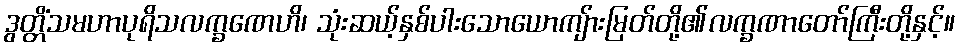
ဒွတ္တိံသမဟာပုရိသလက္ခဏေဟိ၊ သုံးဆယ့်နှစ်ပါးသောယောကျ်ားမြတ်တို့၏လက္ခဏာတော်ကြီးတို့နှင့်။